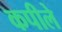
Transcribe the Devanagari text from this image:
कपीले